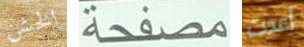
الخشن مصفحة أعدت